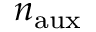
n _ { \mathrm { a u x } }